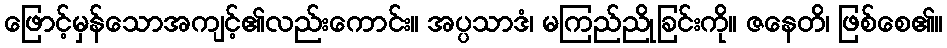
ဖြောင့်မှန်သောအကျင့်၏လည်းကောင်း။ အပ္ပသာဒံ၊ မကြည်ညိုခြင်းကို။ ဇနေတိ၊ ဖြစ်စေ၏။